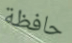
حافظة